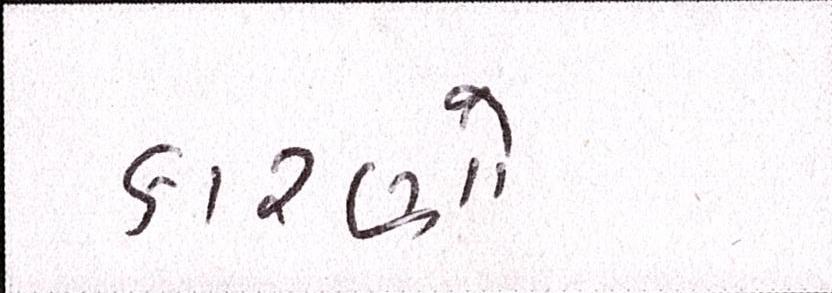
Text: કારણો